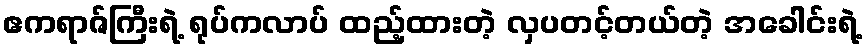
ဧကရာဇ်ကြီးရဲ့ ရုပ်ကလာပ် ထည့်ထားတဲ့ လှပတင့်တယ်တဲ့ အခေါင်းရဲ့